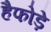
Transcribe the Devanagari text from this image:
हैफोड़े